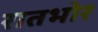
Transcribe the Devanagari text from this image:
रातभोर